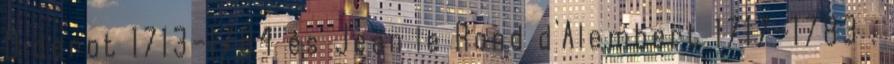
Diderot 1713–1784 és Jean le Rond d'Alembert 1717–1783 .